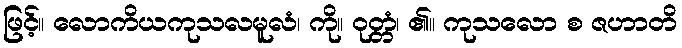
ဖြင့်။ လောကိယကုသလမူလံ၊ ကို။ ဝုတ္တံ၊ ၏။ ကုသလော စ ဇဟာတိ